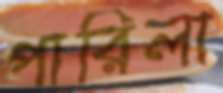
পারিলা